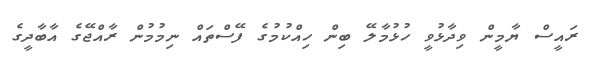
ރައީސް ޔާމީން ވިދާޅުވީ ހުޅުމާލޭ ބިން ހިއްކުމުގެ ފޭސްތައް ނިމުމުން ރާއްޖޭގެ އާބާދީގެ